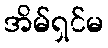
အိမ်ရှင်မ